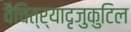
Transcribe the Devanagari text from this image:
वैचित्र्यादृजुकुटिल